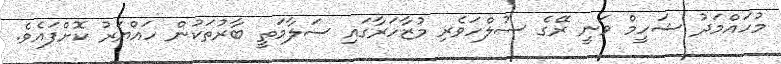
މުހައްމަދު ޝަހީމް ވަނީ ރޭގެ ސުލްހަވެރި މުޒާހަރާގައި ސަލާމަތީ ބާރުތަކުން ހައްޔަރު ކޮށްފައެވެ.